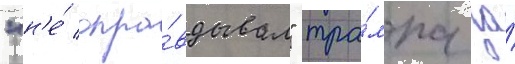
"н'е́ опра́вдывал" тра́мпа за́